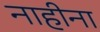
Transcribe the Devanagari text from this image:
नाहीना